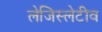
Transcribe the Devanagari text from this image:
लेजिस्लेटीव